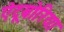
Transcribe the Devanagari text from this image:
ऐटूबोरिया